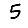
Digit: 5